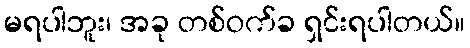
မရပါဘူး၊ အခု တစ်ဝက်ခ ရှင်းရပါတယ်။